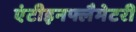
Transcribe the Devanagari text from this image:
एंटीइनफ्लैमेटरी